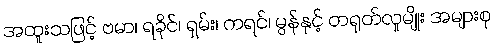
အထူးသဖြင့် ဗမာ၊ ရခိုင်၊ ရှမ်း၊ ကရင်၊ မွန်နှင့် တရုတ်လူမျိုး အများစု